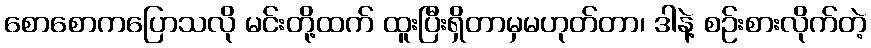
စောစောကပြောသလို မင်းတို့ထက် ထူးပြီးရှိတာမှမဟုတ်တာ၊ ဒါနဲ့ စဉ်းစားလိုက်တဲ့